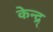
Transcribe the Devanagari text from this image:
केन्द्र्